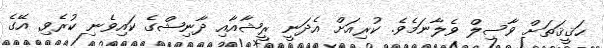
ޙަޤީޤަތަަށް ވާސިލް ވެލާނަމެވެ. ކުރިއަށް އެދަނީ ރީޝާއާއި ދާނިޝްގެ ކައިވެނިި ކުރެވި